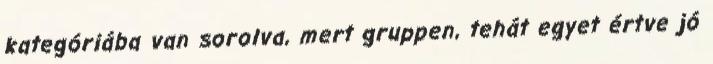
kategóriába van sorolva, mert gruppen, tehát egyet értve jó